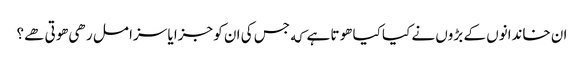
ان خاندانوں کے بڑوں نے کیا کیا هوتا ہے که جس کی ان کو جزا یا سزا مل رهی هوتی هے؟